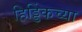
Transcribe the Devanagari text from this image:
हिड्डिंकच्या